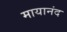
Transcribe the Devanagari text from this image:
मायानंद